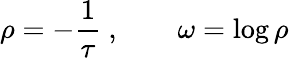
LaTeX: \rho=-{\frac{1}{\tau}}\ ,\qquad\omega=\log\rho